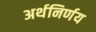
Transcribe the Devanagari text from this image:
अर्थनिर्णय